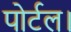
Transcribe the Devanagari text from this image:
पोर्टल।